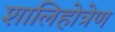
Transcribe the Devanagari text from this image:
शालिहोत्रेण